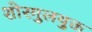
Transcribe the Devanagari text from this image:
शोरगुलयुक्त